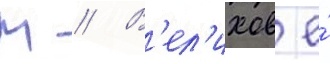
М // В'ел'ихов е́